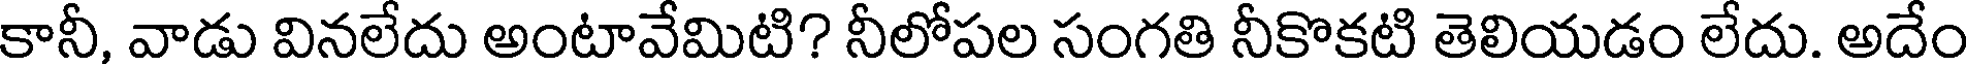
కానీ, వాడు వినలేదు అంటావేమిటి? నీలోపల సంగతి నీకొకటి తెలియడం లేదు. అదేం